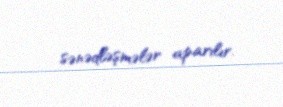
sənədləşmələr aparılır.